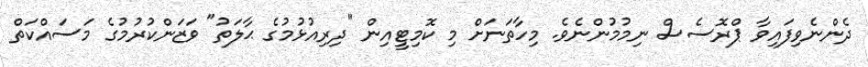
ދެންނެވިފައިވާ ޕްރޮސެސް ނިމުމުންނެވެ. މިހާތަނަށް މި ކޮމިޓީއިން "ދިރިއުޅުމުގެ ޙާލަތު" ވަޒަންކުރުމުގެ މަސައްކަތް